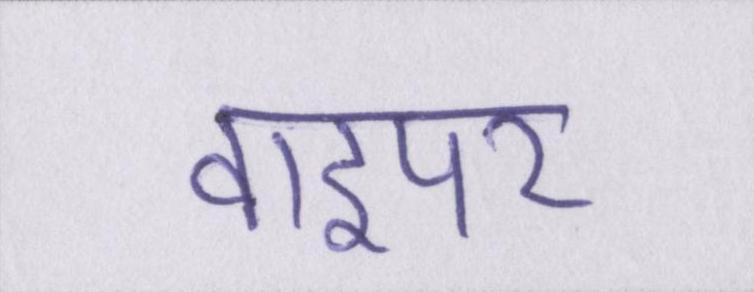
वाइपर